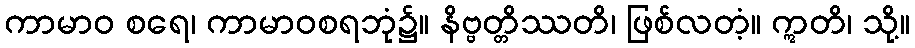
ကာမာဝ စရေ၊ ကာမာဝစရဘုံ၌။ နိဗ္ဗတ္တိဿတိ၊ ဖြစ်လတံ့။ ဣတိ၊ သို့။